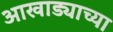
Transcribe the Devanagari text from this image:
आखाड्याच्या